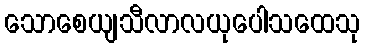
သောစေယျသီလာလယုပေါသထေသု